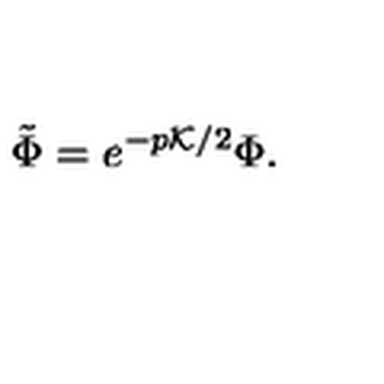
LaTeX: \tilde { \Phi } = e ^ { - p { \cal K } / 2 } \Phi .